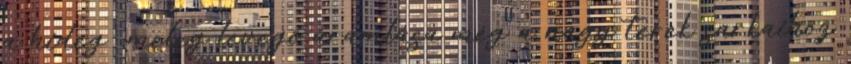
a hideg meleg levegő áramlása még a nagy terek sarkaihoz